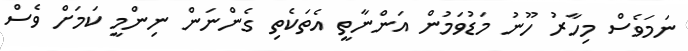
ނަމަވެސް މިހާރު ހޫނު މަޑުވަމުން އަންނާތީ އެތަކެތި ގެންނަން ނިންމީ ކަމަށް ވެސް